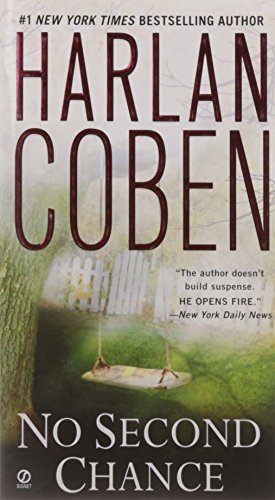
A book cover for No Second Chance; Harlan Coben; Mystery, Thriller & Suspense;